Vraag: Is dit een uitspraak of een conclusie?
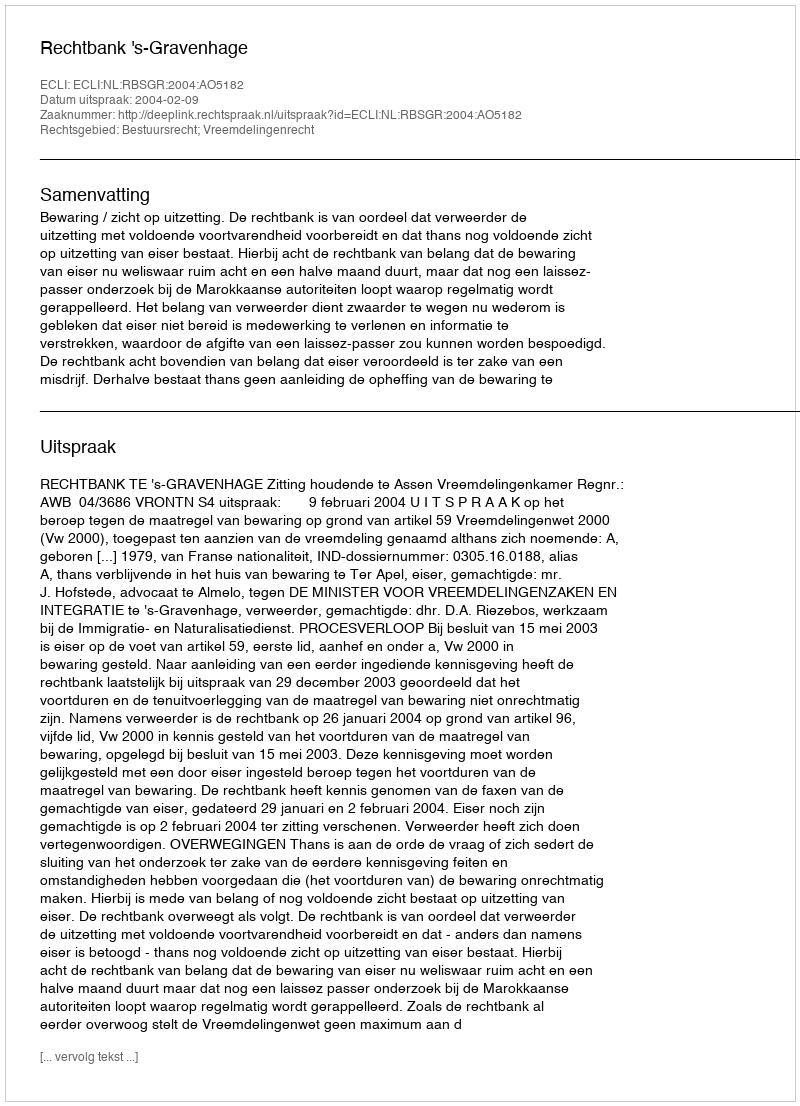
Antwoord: Uitspraak